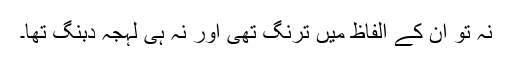
نہ تو ان کے الفاظ میں ترنگ تھی اور نہ ہی لہجہ دبنگ تھا۔